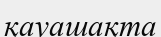
қауашақта